Scottish Leaving Certificate Examination, 1961
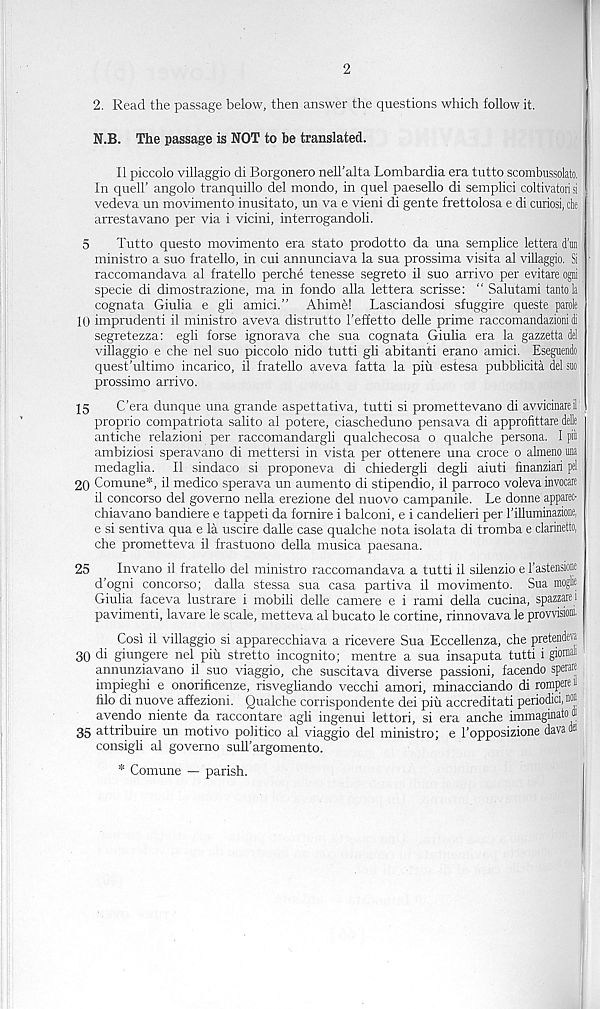
2
2. Read the passage below, then answer the questions which follow it.
N.B. The passage is NOT to be translated.
II piccolo villaggio di Borgonero nell'alta Lombardia era tutto scombussolato.
In quell’ angolo tranquillo del mondo, in quel paesello di semplici coltivatori si
vedeva un movimento inusitato, un va e vieni di gente frettolosa e di curiosi, che
arrestavano per via i vicini, interrogandoli.
5
Tutto questo movimento era state prodotto da una semplice lettera d’un
ministro a suo fratello, in cui annunciava la sua prossima visita al villaggio. Si
raccomandava al fratello perche tenesse segreto il suo arrive per evitare ogni
specie di dimostrazione, ma in fondo alia lettera scrisse: “ Salutami tantola
cognata Giulia e gli amici.” Ahime! Lasciandosi sfuggire queste parole
10 imprudenti il ministro aveva distrutto I’effetto delle prime raccomandazioni di
segretezza: egli forse ignorava che sua cognata Giulia era la gazzetta del
villaggio e che nel suo piccolo nido tutti gli abitanti erano amici. Eseguendo
quest’ultimo incarico, il fratello aveva fatta la piu estesa pubblicita del suo
prossimo arrivo.
15
C’era dunque una grande aspettativa, tutti si promettevano di avvicinareil
proprio compatriota salito al potere, ciascheduno pensava di approfittare deDe
antiche relazioni per raccomandargli qualchecosa o qualche persona. I pill
ambiziosi speravano di mettersi in vista per ottenere una croce o alnieno una
medaglia. Il sindaco si proponeva di chiedergli degli aiuti inanziari pel
20 Comune*, il medico sperava un aumento di stipendio, il parroco voleva invocare
il concorso del governo nella erezione del nuovo campanile. Le donne apparec-
chiavano bandiere e tappeti da fomire i balconi, e i candelieri per I’illuminazioiie,
e si sentiva qua e la uscire dalle case qualche nota isolata di tromba e clarinetto,
che prometteva il frastuono della musica paesana.
25
Invano if fratello del ministro raccomandava a tutti il silenzio e Tastensione
d’ogni concorso; dalla stessa sua casa partiva il movimento. Sua moglie
Giulia faceva lustrare i mobili delle camere e i rami della cucina, spazzaie i
pavimenti, lavare le scale, metteva al bucato le cortine, rinnovava le provvisioa
Cosi il villaggio si apparecchiava a ricevere Sua Eccellenza, che pretendeva
30 di giungere nel pitr stretto incognito; mentre a sua insaputa tutti i giom®
annunziavano il suo viaggio, che suscitava diverse passioni, facendo spot®
impieghi e onorificenze, risveghando vecchi amori, minacciando di romp® 1 *
filo di nuove affezioni. Qualche corrispondente dei piu accreditati periodici, n®
avendo niente da raccontare agli ingenui lettori, si era anche immaginato ®
35 attribuire un motive politico al viaggio del ministro; e 1’opposizione davadei
consigli al governo sull’argomento.
* Comune — parish.